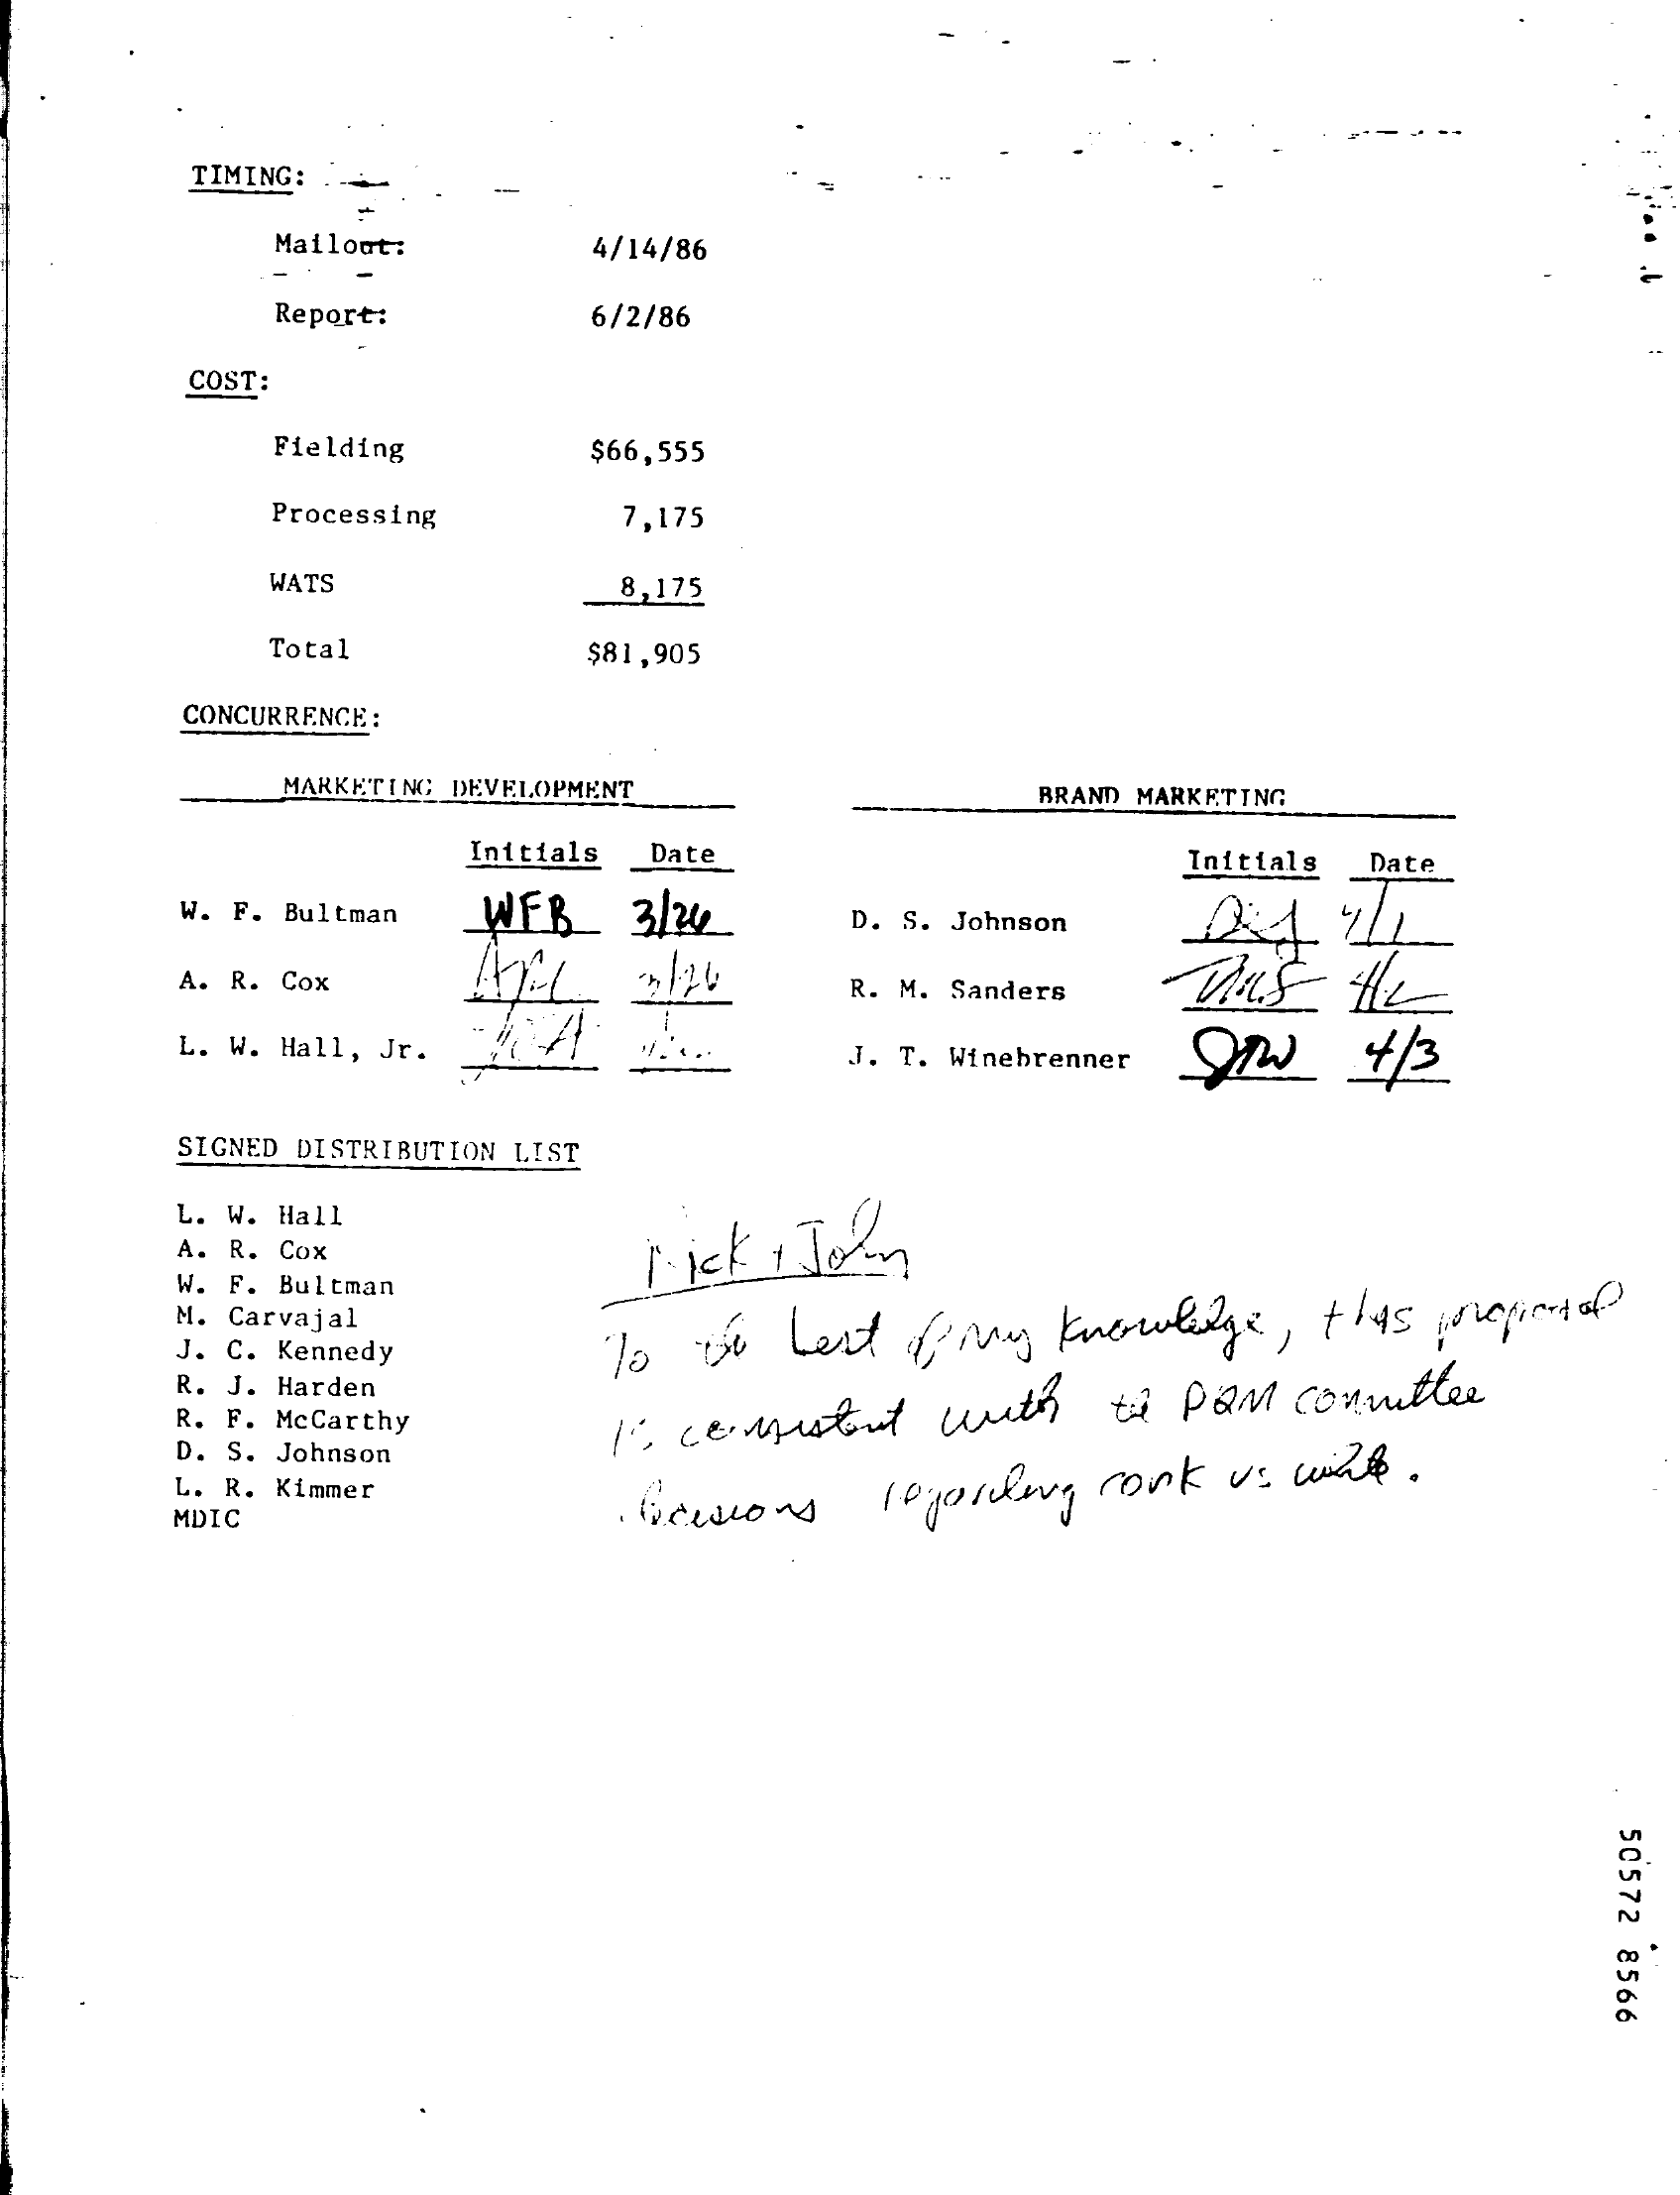
TIMING: .
     -
     Mailout:  4/14/86
     Report:   6/2/86
     COST:
     Fielding  $66,555
     Processing 7,175
     WATS    8,175
     Total    $81,905
     CONCURRENCE:
     MARKETING DEVELOPMENT   BRAND MARKETING
     Initials Date    Initials Date
     W. F. Bultman WEB 3/24 D. S. Johnson
     A. R. Cox    R. M. Sanders
     L. W. Hall, Jr.    I. T. Winebrenner QTW 4 /3
     SIGNED DISTRIBUTION LIST
     L. W. Hall
     A. R. Cox    Mick + Jon
     W. F. Bultman
     M. Carvajal
     J. C. Kennedy To os best ofmy knowledge, this regiondal
     R. J. Harden
     R. F. McCarthy 1. cemistent with the PQM committee
     D. S. Johnson
     L. R. Kimmer
     . firesions If jordling rank us wak.
     MDIC
     50572
     8566